Vaccination North-Western Provinces 1866-1877 - 1866-1877
Year: 1866
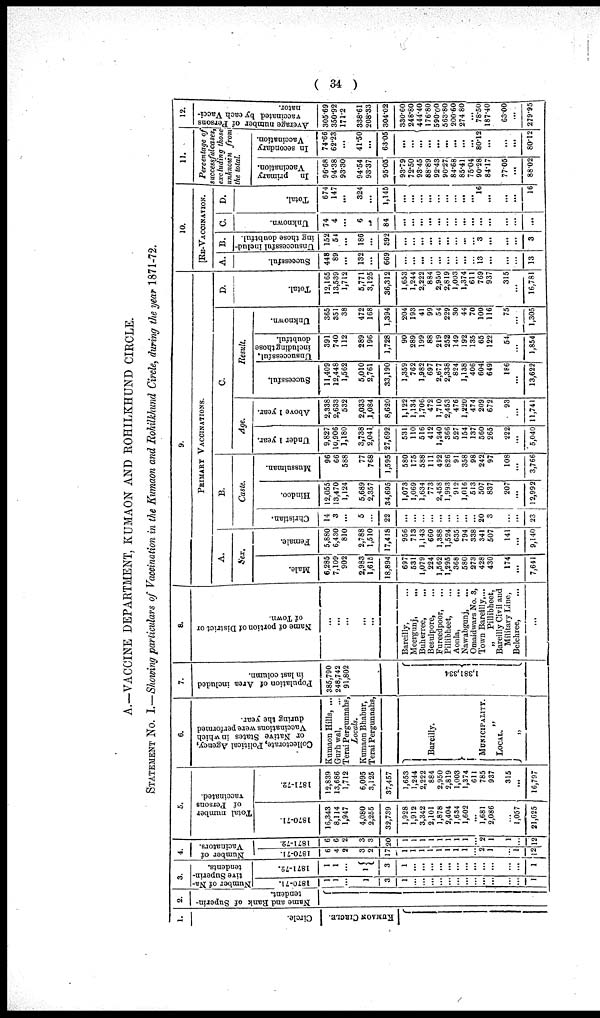
( 34 )
A.—VACCINE DEPARTMENT, KUMAON AND ROHILKHUND CIRCLE.
STATEMENT No. I.—Showing particulars of Vaccination in the Kumaon and RohilKhund Circle, during the year 1871-72.
1.
Circle.
KUMAON CIRCLE.
2.
Name and Rank of Superin-
tendent.
3.
Number of Na-
tive Superin-
tendents.
1870-71.
1
1
...
1
1
3
1
...
...
...
...
...
...
...
...
...
...
...
...
1
1871-72.
1
1
...
1
1
3
1
...
...
...
...
...
...
...
...
...
...
...
...
1
4.
Number of
Vacinators.
1870-71.
6
4
2
3
2
17
1
1
1
1
1
1
1
1
... 2
1
...
1
12
1871-72.
6
6
2
3
3
20
1
1
1
1
1
1
1
1
... 2
1
1
...
12
5.
Total number
of Persons
vaccinated.
1870-71.
16,343
8,114
1,947
4,080
2,255
32,739
1,928
1,912
3,342
2,101
1,878
2,404
1,634
1,602
...
1,681
2,086
...
1,057
21,625
1871-72.
12,839
13,686
1,712
6,095
3,125
37,457
1,653
1,244
2,222
884
2,950
2,819
1,003
1,374
611
785
937
315
...
16,797
6.
Collectorate, Political Agency,
or Native States in which
Vaccinations were performed
during the year.
Kumaon Hills, ...
Gurh wal, ...
Terai Pergunnahs,
Locals.
Kumaon Bhabur,
Terai Pergunnahs,
Bareilly.
MUNICIPALITY.
„ LOCAL.
„
7.
Population of Area included
in last column.
385,790
248,742
91,802
...
...
1,381,334
8.
Name of portion of District or
of Town.
...
...
...
...
...
Bareilly, ...
Meergunj,
...
Buherree, ...
Besulpore, ...
Fureedpoor, ...
Pillibheet, ...
Aonla,
...
Nawabgunj, ...
Omaidwars No. 3,
Town Bareilly,...
„
Pillibheet,
Bareilly Civil and
Military Line,
Belehree, ...
...
9.
PRIMARY VACCINATIONS.
A.
Sex.
Male.
6,285
7,109
902
2,983
1,615
18,894
697
531
1,079
224
1,562
1,295
368
580
273
428
430
174
...
7,641
Female.
5,880
6,430
810
2,788
1,510
17,418
956
713
1,143
660
1,388
1,524
635
794
338
341
507
141
...
9,140
B.
Caste.
Christian.
14
3
...
5
...
22
...
...
...
...
...
...
...
...
...
20
3
...
...
23
Hindoo.
12,055
13,470
1,124
5,689
2,357
34,695
1,073
1,069
1,634
773
2,458
1,993
912
1,016
513
507
837
207
...
12,992
Mussulman.
96
66
588
77
768
1,595
580
175
588
111
492
826
91
358
98
242
97
108
...
3,766
C.
Age.
Under 1 year.
9,827
10,906
1,180
3,738
2,041
27,692
531
110
516
412
1,240
366
527
154
137
560
265
222
...
5,040
Above 1 year.
2,338
2,633
532
2,033
1,084
8,620
1,122
1,134
1,706
472
1,710
2,453
476
1,220
474
209
672
93
...
11,741
Result.
Successful.
11,409
12,448
1,562
5,010
2,761
33,190
1,359
762
1,982
697
2,677
2,338
824
1,138
406
604
649
186
...
13,622
Unsuccessful,
including those
doubtful.
391
740
112
289
196
1,728
90
289
199
88
219
252
149
192
135
65
122
54
...
1,854
Unknown.
365
351
38
472
168
1,394
204
193
41
99
54
229
30
44
70
100
116
75
...
1,305
D.
Total.
12,165
13,539
1,712
5,771
3,125
36,312
1,653
1,244
2,222
884
2,950
2,819
1,003
1,374
611
769
937
315
...
16,781
10.
RE-VACCINATION.
A.
Successful.
448
89
...
132
...
669
...
...
...
...
...
...
...
...
... 13
...
...
...
13
B.
Unsuccessful includ-
ing those doubtful.
152
54
...
186
...
392
...
...
...
...
...
...
...
...
... 3
...
...
...
3
C.
Unknown.
74
4
...
6
...
84
...
...
...
...
...
...
...
...
...
...
...
...
...
...
D.
Total.
674
147
...
324
...
1,145
...
...
...
...
...
...
...
... 16
...
...
...
16
11.
Percentage of
successfulcases,
excluding those
unknown from
the total.
In
primary
Vaccination.
96.68
94.38
93.30
94.54
93.37
95.05
93.79
72.50
93.45
88.89
92.43
90.27
84.68
85.41
75.04
90.28
84.17
77.05
...
88.02
In secondary
Vaccination.
74.66
62.23
...
41.50
...
63.05
...
...
...
...
...
...
...
80.12
...
...
...
80.12
12.
Average number of Persons
vaccinated by each Vacci-
nator.
305.69
350.92
171.2
338.61
208.33
304.02
330.60
248.80
444.40
176.80
590.00
563.80
200.60
274.80
...
78.50
187.40
63.00
...
279.95